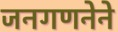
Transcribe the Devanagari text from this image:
जनगणनेने